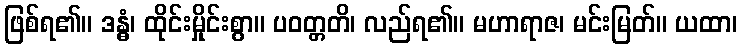
ဖြစ်ရ၏။ ဒန္ဓံ၊ ထိုင်းမှိုင်းစွာ။ ပဝတ္တတိ၊ လည်ရ၏။ မဟာရာဇ၊ မင်းမြတ်။ ယထာ၊